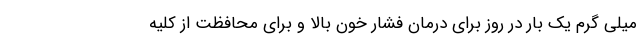
میلی گرم یک بار در روز برای درمان فشار خون بالا و برای محافظت از کلیه